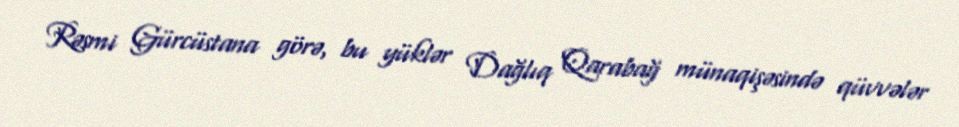
Rəsmi Gürcüstana görə, bu yüklər Dağlıq Qarabağ münaqişəsində qüvvələr